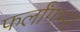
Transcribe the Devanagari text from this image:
फर्लांगभर